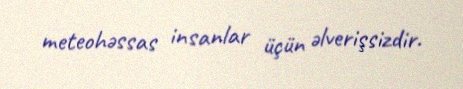
meteohəssas insanlar üçün əlverişsizdir.